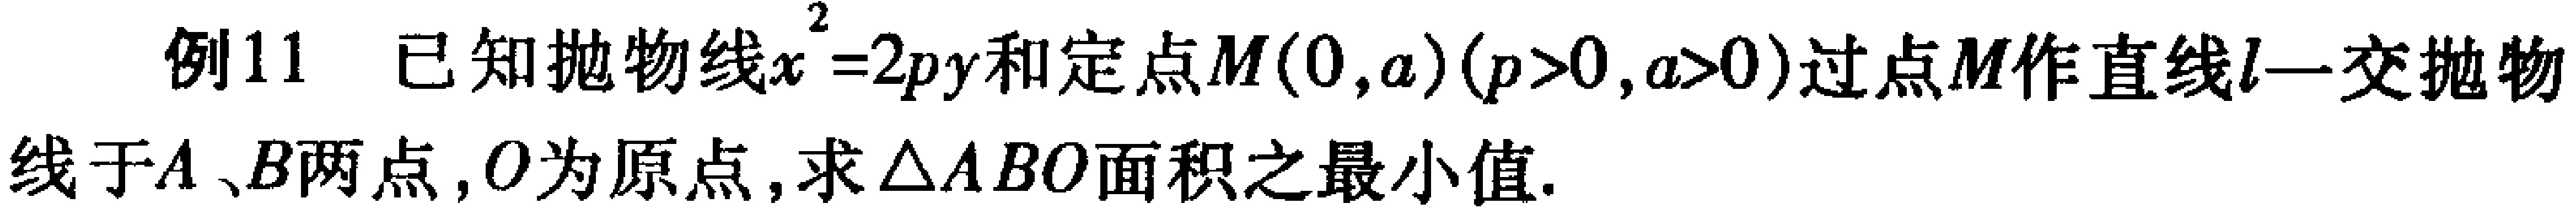
例11 已知抛物线\(x^{2}=2py\)和定点\(M(0,a)(p > 0,a > 0)\)过点\(M\)作直线\(l\)交抛物线于\(A\)、\(B\)两点，\(O\)为原点，求\(\triangle ABO\)面积之最小值.